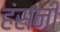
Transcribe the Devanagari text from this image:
हंसनी